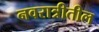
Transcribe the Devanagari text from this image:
नवरात्रीतील